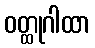
ဝတ္ထုဂါထာ